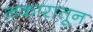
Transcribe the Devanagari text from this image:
नकारातून